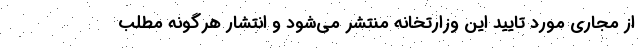
از مجاری مورد تایید این وزارتخانه منتشر می‌شود و انتشار هرگونه مطلب